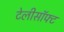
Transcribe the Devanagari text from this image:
टेलीसॉफ्ट